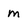
Character: m